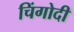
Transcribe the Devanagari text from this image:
चिंगोदी